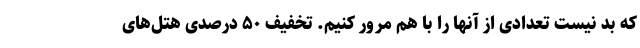
که بد نیست تعدادی از آنها را با هم مرور کنیم. تخفیف ۵۰ درصدی هتل‌های